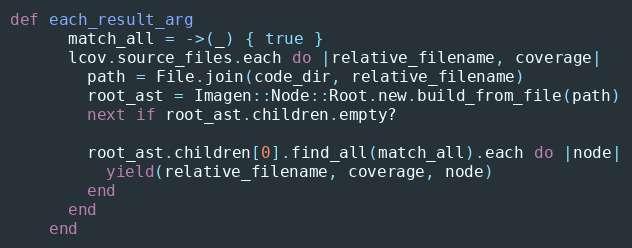
Language: Ruby
def each_result_arg
      match_all = ->(_) { true }
      lcov.source_files.each do |relative_filename, coverage|
        path = File.join(code_dir, relative_filename)
        root_ast = Imagen::Node::Root.new.build_from_file(path)
        next if root_ast.children.empty?

        root_ast.children[0].find_all(match_all).each do |node|
          yield(relative_filename, coverage, node)
        end
      end
    end